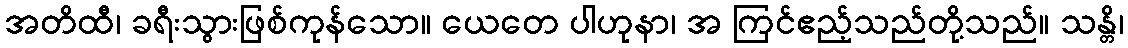
အတိထီ၊ ခရီးသွားဖြစ်ကုန်သော။ ယေတေ ပါဟုနာ၊ အ ကြင်ဧည့်သည်တို့သည်။ သန္တိ၊